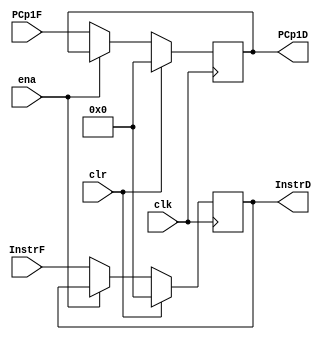
`timescale 1ns / 1ps

module IF_ID_Pipe#(parameter WL=32)
   (input clk,
    input ena,      //Stall
    input clr,      //Flush
    input [WL-1:0] InstrF,
    input [WL-1:0] PCp1F,
    
    output reg[WL-1:0] InstrD,
    output reg[WL-1:0] PCp1D
    );
    
    //Regsiter
    always@(posedge clk)
    begin
        if(clr) //active high clear
        begin
            InstrD <= 32'd0;
            PCp1D <= 32'd0;
        end
        else if(!ena)   //active low enable
         begin
            InstrD <= InstrF;
            PCp1D <= PCp1F;
        end
    end
            
endmodule